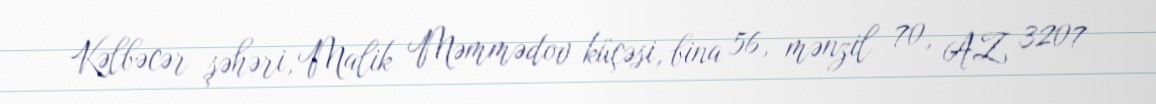
Kəlbəcər şəhəri, Malik Məmmədov küçəsi, bina 56, mənzil 70, AZ 3207